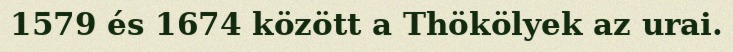
1579 és 1674 között a Thökölyek az urai.